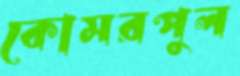
কোমরপুল